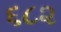
૬૮૨